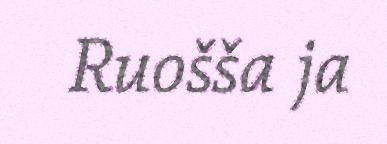
Ruošša ja